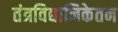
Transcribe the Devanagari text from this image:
तंत्रविद्यानिकेतन